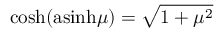
\mathrm { c o s h } ( \mathrm { a s i n h } \mu ) = \sqrt { 1 + \mu ^ { 2 } }